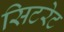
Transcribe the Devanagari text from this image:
सिटरेट